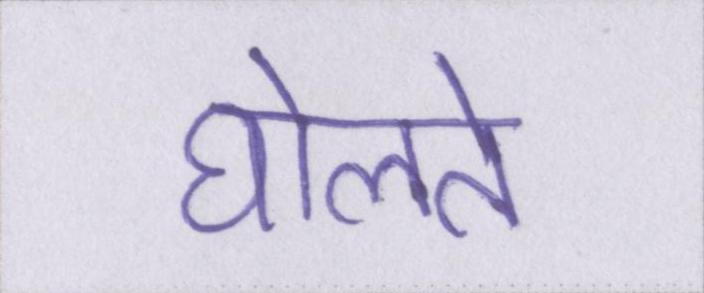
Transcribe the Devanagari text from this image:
घेालते